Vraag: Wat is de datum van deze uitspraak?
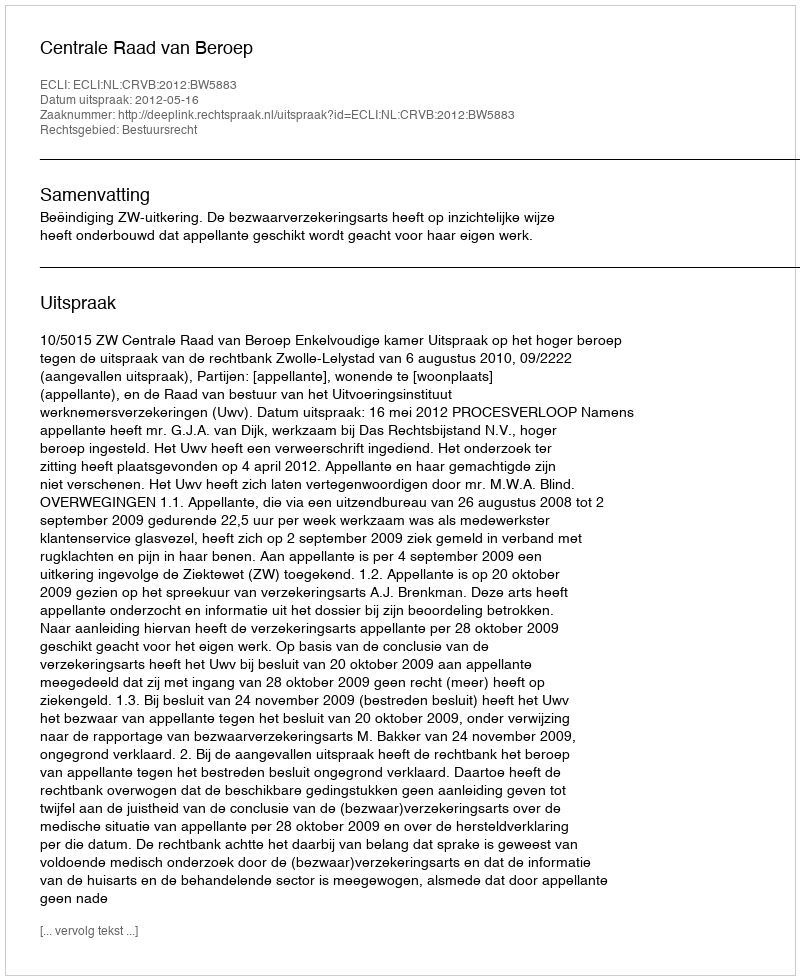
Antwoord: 2012-05-16